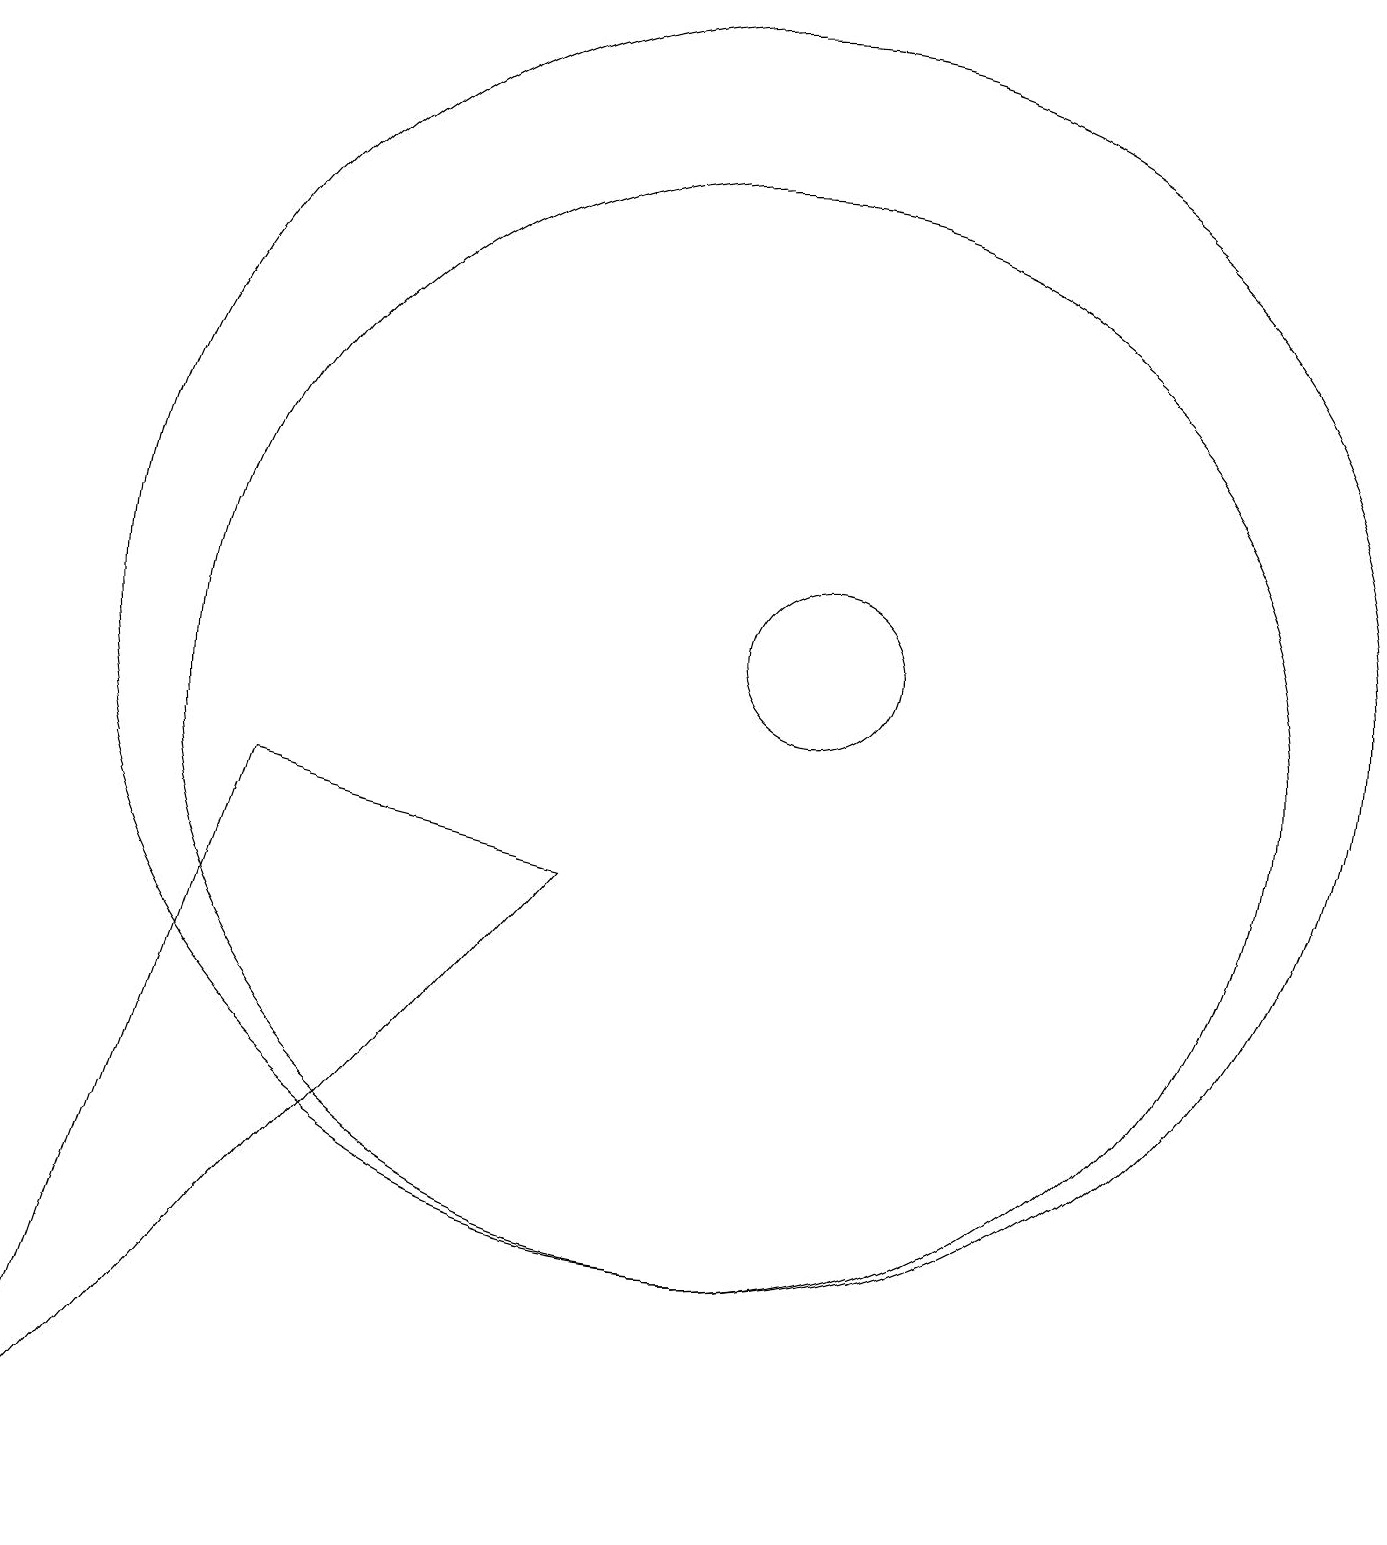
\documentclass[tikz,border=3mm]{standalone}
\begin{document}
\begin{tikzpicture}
\draw (1,0) -- (4,9) -- (8,8) -- cycle;
\draw (10,11) circle (8);
\draw (10,10) circle (7);
\draw (11,11) circle (1);
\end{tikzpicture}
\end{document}